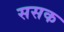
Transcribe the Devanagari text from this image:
ससक